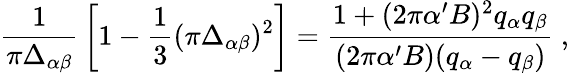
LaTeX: {\frac{1}{\pi\Delta_{\alpha\beta}}}\left[1-{\frac{1}{3}}(\pi\Delta_{\alpha\beta})^{2}\right]={\frac{1+(2\pi\alpha^{\prime}B)^{2}q_{\alpha}q_{\beta}}{(2\pi\alpha^{\prime}B)(q_{\alpha}-q_{\beta})}}~,